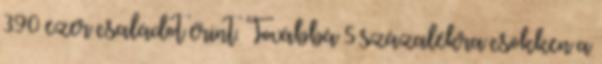
390 ezer családot érint. Továbbá 5 százalékra csökken a